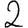
Digit: 2